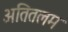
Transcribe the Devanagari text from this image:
अतितलम